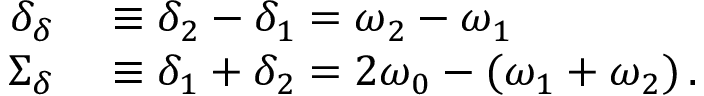
\begin{array} { r l } { \delta _ { \delta } } & { { } \equiv \delta _ { 2 } - \delta _ { 1 } = \omega _ { 2 } - \omega _ { 1 } } \\ { \Sigma _ { \delta } } & { { } \equiv \delta _ { 1 } + \delta _ { 2 } = 2 \omega _ { 0 } - ( \omega _ { 1 } + \omega _ { 2 } ) \, . } \end{array}